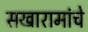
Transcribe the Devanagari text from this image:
सखारामांचे